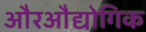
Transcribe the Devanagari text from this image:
औरऔद्योगिक